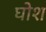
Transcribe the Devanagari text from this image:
घोश